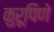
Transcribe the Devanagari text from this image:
कुरूपिणे